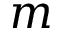
m